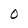
Character: 0